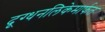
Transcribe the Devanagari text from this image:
दूग्धनलिकेमार्फत